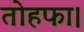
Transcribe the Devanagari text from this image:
तोहफा।